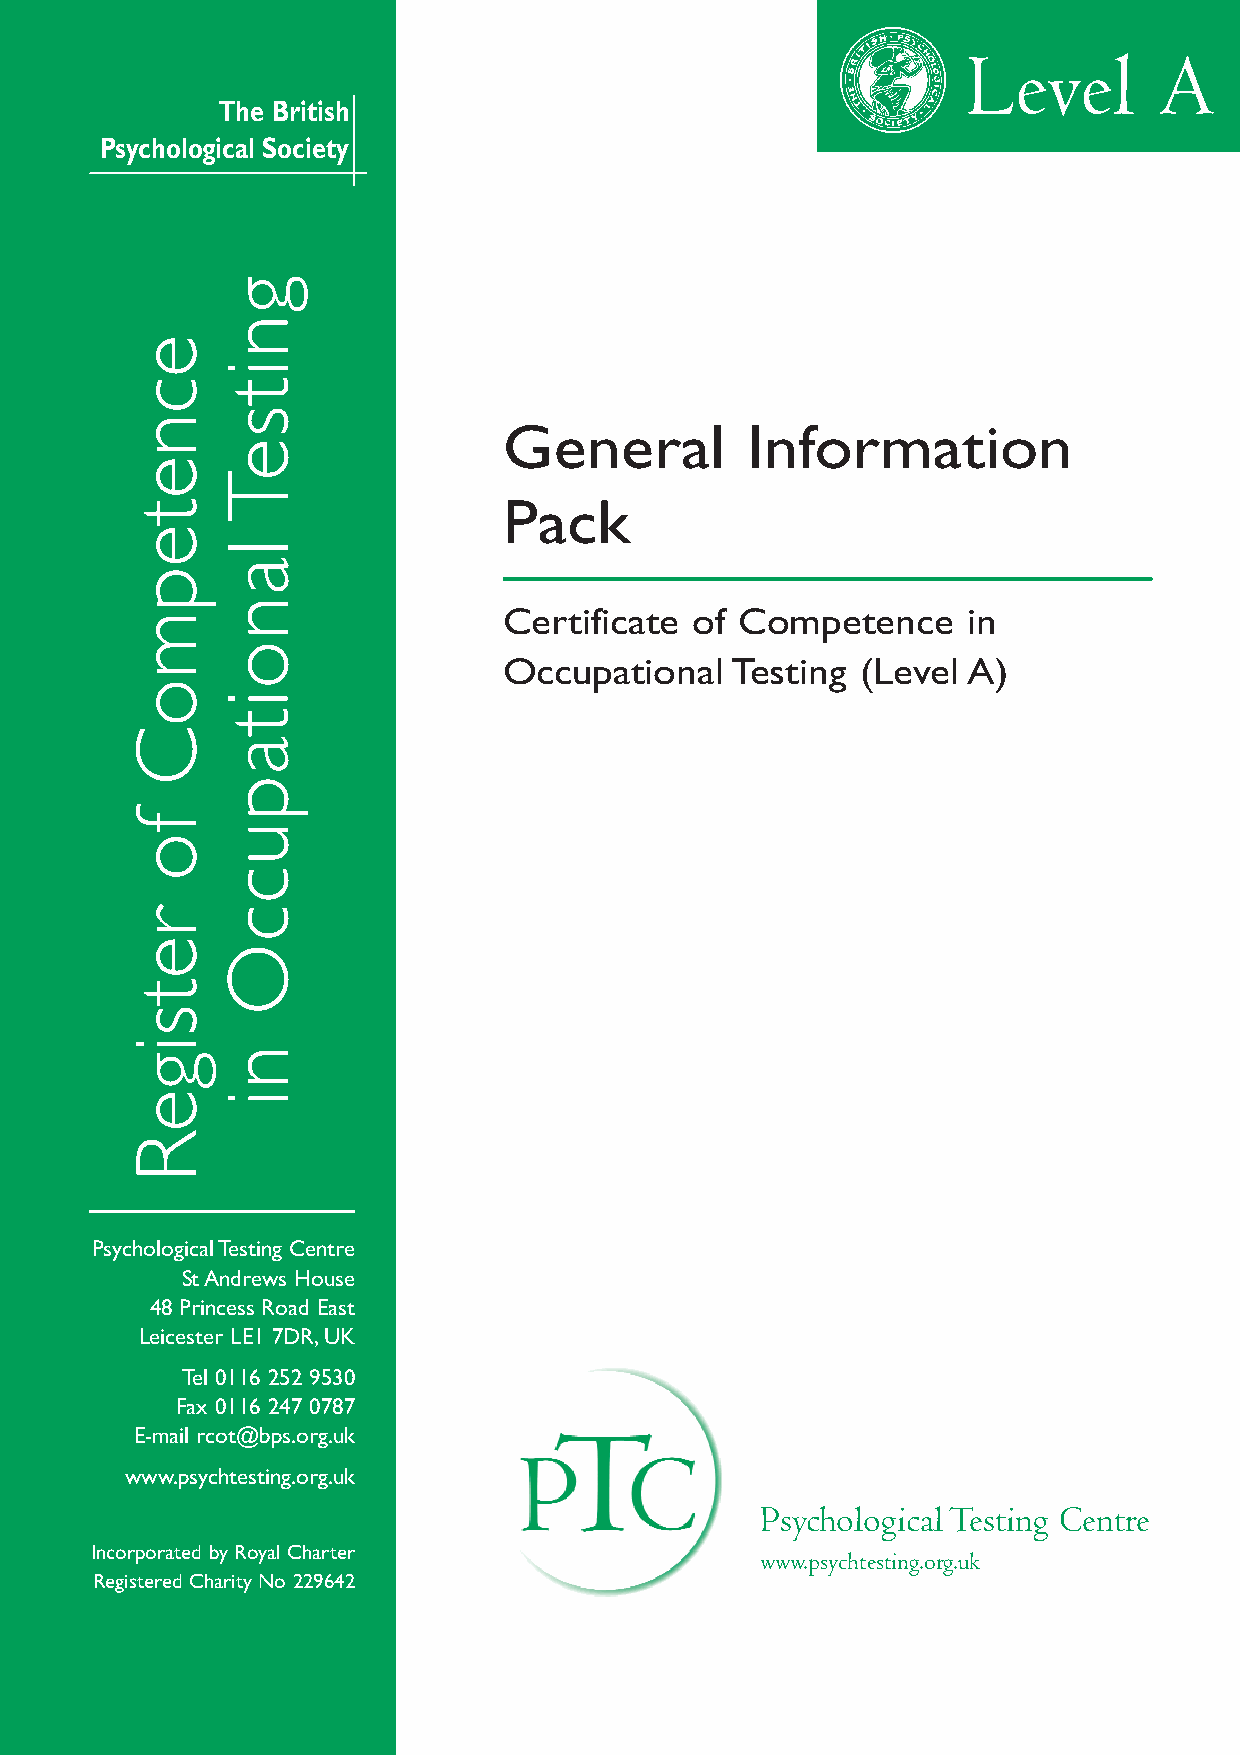
Level        A
 The British
 Psychological Society
 General         Information
 Pack
 Certificate  of Competence     in
 Occupational   Testing  (Level A)
 Psychological Testing Centre
 St Andrews House
 48 Princess Road East
 Leicester LE1 7DR,UK
 Tel 0116 252 9530
 Fax 0116 247 0787
 E-mail rcot@bps.org.uk
 www.psychtesting.org.uk
 Psychological Testing Centre
 Incorporated by Royal Charter
 www.psychtesting.org.uk
 Registered Charity No 229642
 ecnetepmoC
 fo
 retsigeR
 gnitseT
 lanoitapuccO
 ni